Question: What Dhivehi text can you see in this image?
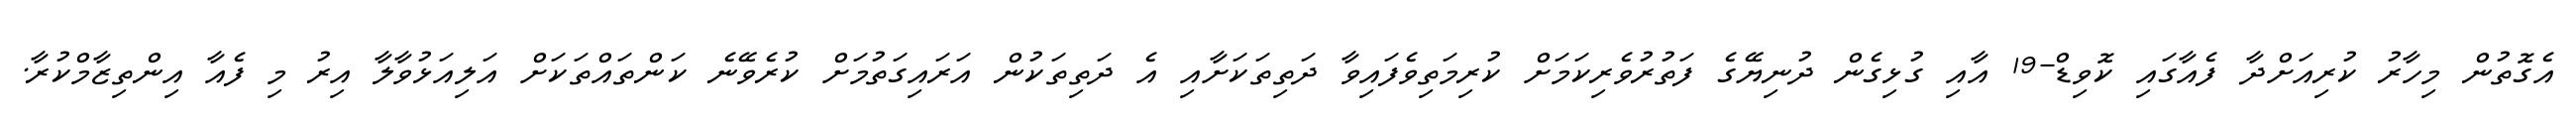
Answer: އެގޮތުން މިހާރު ކުރިއަށްދާ ފެއާގައި ކޮވިޑް-19 އާއި ގުޅިގެން ދުނިޔޭގެ ފަތުރުވެރިކަމަށް ކުރިމަތިވެފައިވާ ދަތިތަކަށާއި އެ ދަތިތަކުން އަރައިގަތުމަށް ކުރެވޭނެ ކަންތައްތަކަށް އަލިއަޅުވާލާ އިރު މި ފެއާ އިންތިޒާމްކުރާ.